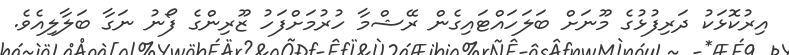
އިރުކޮޅަކު ދަރިފުޅުގެ މޫނަށް ބަލަހައްޓައިގެން ރޭޝްމާ ހުރުމަށްފަހު ޒޫރިންގެ ފޯނު ނަގާ ބަލާލިއެވެ.